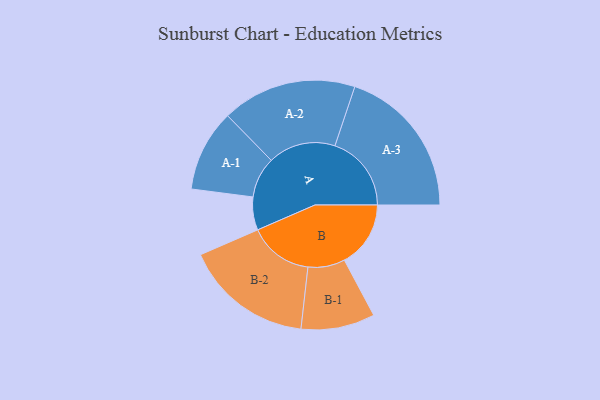
{"axis": {"x": "Segment", "y": "Value"}, "legend": ["", "A", "B"], "data": [{"x": "A", "y": 117, "type": ""}, {"x": "B", "y": 235, "type": ""}, {"x": "A-1", "y": 145, "type": "A"}, {"x": "A-2", "y": 239, "type": "A"}, {"x": "A-3", "y": 271, "type": "A"}, {"x": "B-1", "y": 131, "type": "B"}, {"x": "B-2", "y": 228, "type": "B"}]}